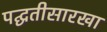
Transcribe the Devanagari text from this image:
पद्घतीसारखा